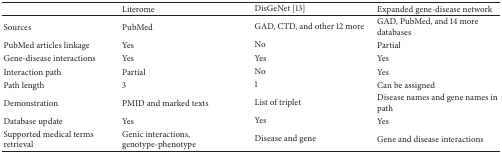
|  | Literome | DisGeNet [13] | Expanded gene-disease network |
 | --- | --- | --- | --- |
 | Sources | PubMed | GAD, CTD, and other 12 more | GAD, PubMed, and 14 more databases |
 | PubMed articles linkage | Yes | No | Partial |
 | Gene-disease interactions | Yes | Yes | Yes |
 | Interaction path | Partial | No | Yes |
 | Path length | 3 | 1 | Can be assigned |
 | Demonstration | PMID and marked texts | List of triplet | Disease names and gene names in path |
 | Database update | Yes | Yes | Yes |
 | Supported medical terms retrieval | Genic interactions, genotype-phenotype | Disease and gene | Gene and disease interactions |